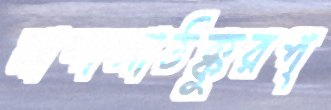
নান্দলাঠক্কুরপ্